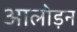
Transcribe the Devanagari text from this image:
आलोड़न